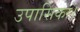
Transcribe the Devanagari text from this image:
उपासिका।